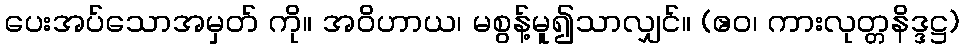
ပေးအပ်သောအမှတ် ကို။ အဝိဟာယ၊ မစွန့်မူ၍သာလျှင်။ (ဧဝ၊ ကားလုတ္တနိဒ္ဒဋ္ဌ)